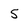
Character: 5